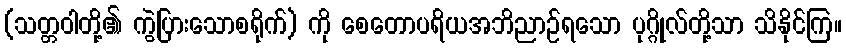
(သတ္တဝါတို့၏ ကွဲပြားသောစရိုက်) ကို စေတောပရိယအဘိညာဉ်ရသော ပုဂ္ဂိုလ်တို့သာ သိနိုင်ကြ။